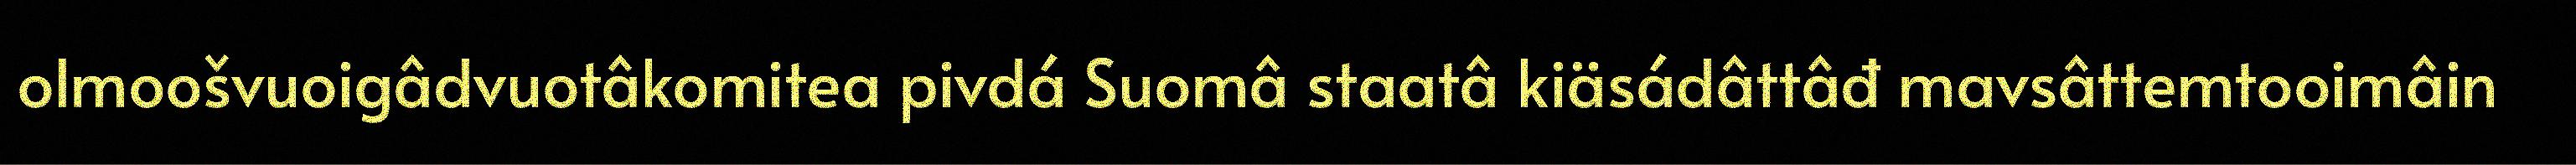
olmoošvuoigâdvuotâkomitea pivdá Suomâ staatâ kiäsádâttâđ mavsâttemtooimâin